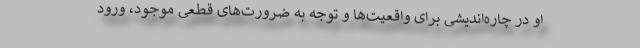
او در چاره‌اندیشی برای واقعیت‌ها و توجه به ضرورت‌های قطعی موجود، ورود